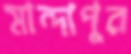
মান্দাপুর